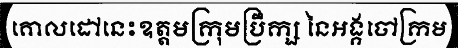
គោលដៅនេះឧត្តមក្រុមប្រឹក្ស នៃអង្គចៅក្រម